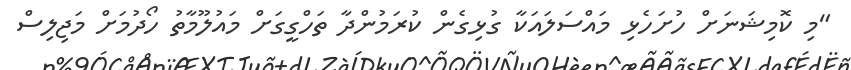
"މި ކޮމިޝަނަށް ހުށަހެޅި މައްސަލައަކާ ގުޅިގެން ކުރަމުންދާ ތަހްގީގަށް މައުލޫމާތު ހޯދުމަށް މަޖިލިސް